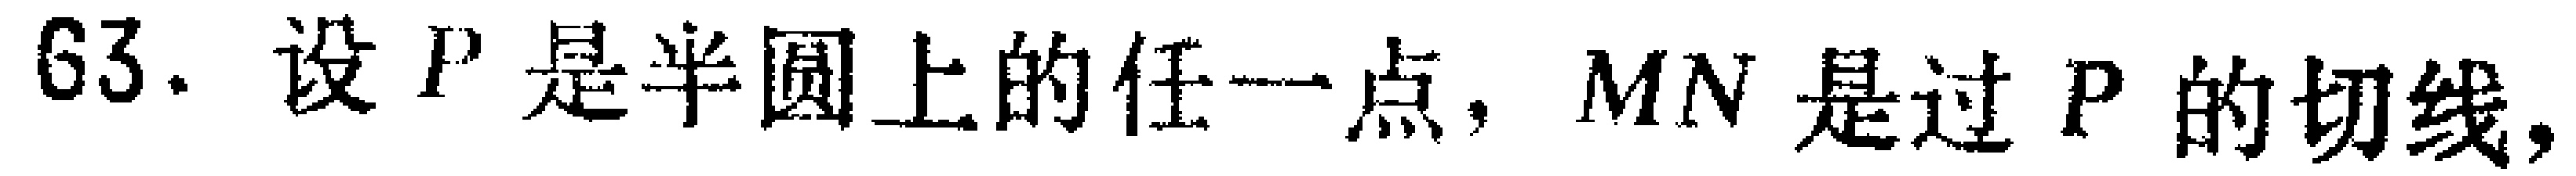
63. 设 \(P\) 是半圆上的任一点, \(MN\) 是过 \(P\) 的切线,